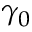
\gamma _ { 0 }